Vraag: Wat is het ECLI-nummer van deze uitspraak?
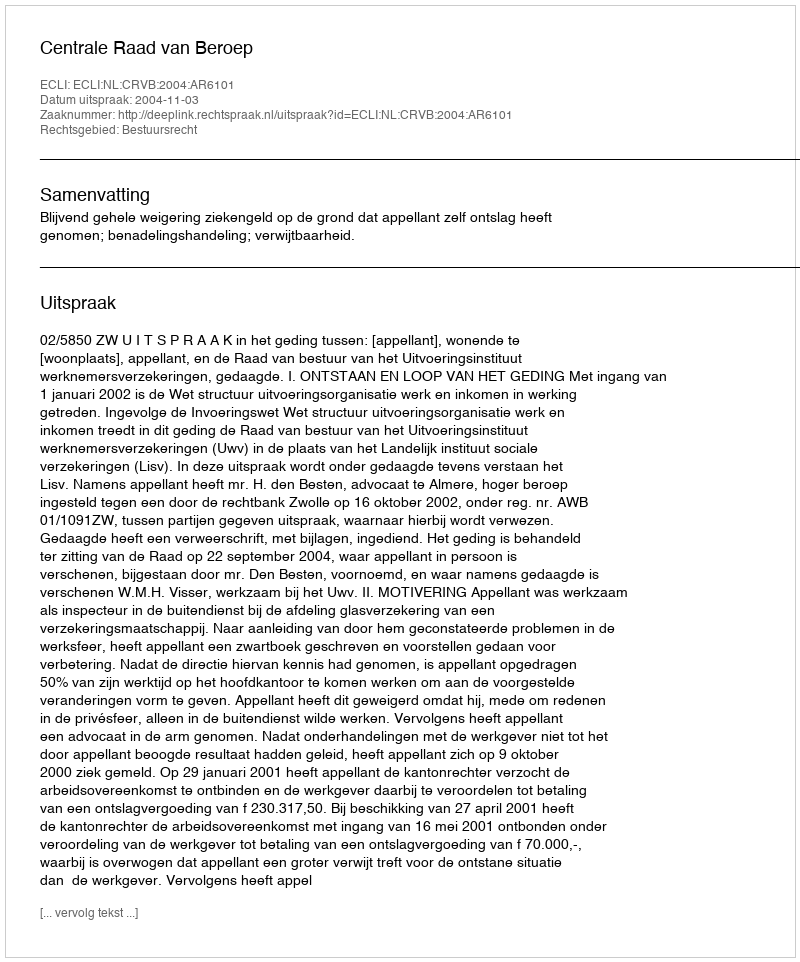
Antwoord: ECLI:NL:CRVB:2004:AR6101